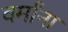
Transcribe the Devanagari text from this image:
वर्मांना